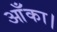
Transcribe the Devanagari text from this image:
आँका।